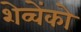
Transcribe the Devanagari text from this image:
शेव्चेंको